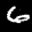
Label: 6